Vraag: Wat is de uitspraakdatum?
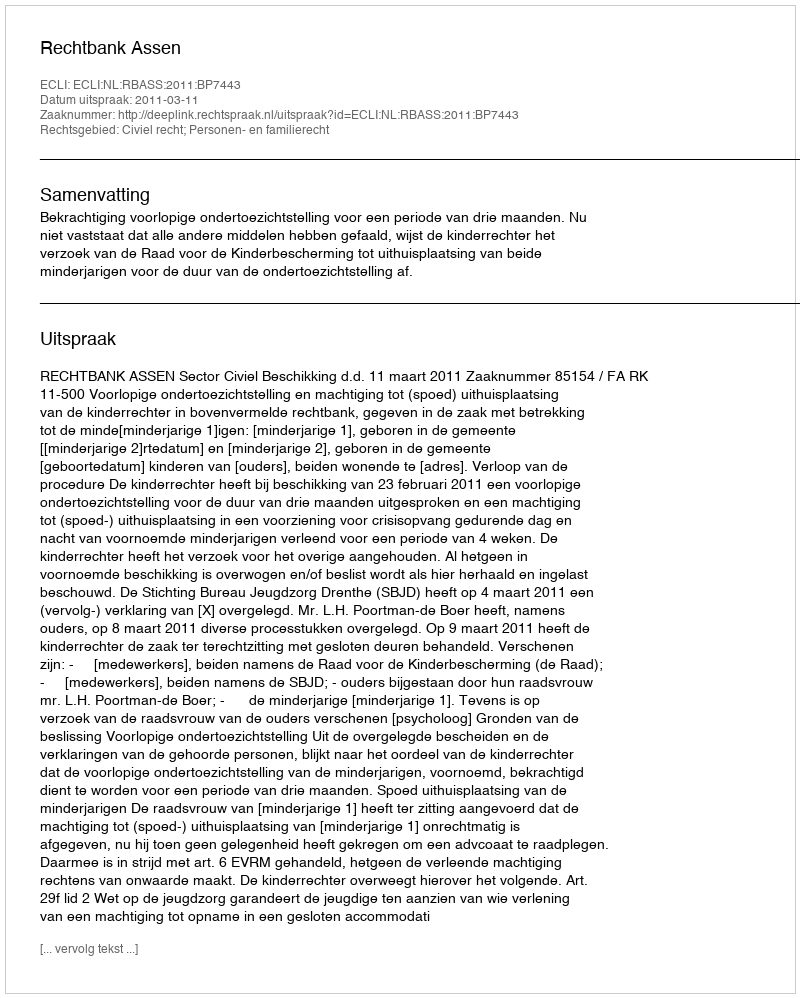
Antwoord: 2011-03-11